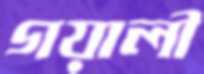
গয়ালী